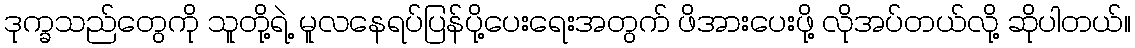
ဒုက္ခသည်တွေကို သူတို့ရဲ့ မူလနေရပ်ပြန်ပို့ပေးရေးအတွက် ဖိအားပေးဖို့ လိုအပ်တယ်လို့ ဆိုပါတယ်။